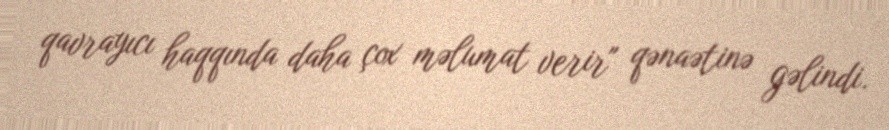
qavrayıcı haqqında daha çox məlumat verir" qənaətinə gəlindi.